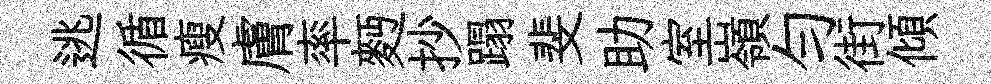
逃循瘦膚率麪抄蹋斐助室嶺匀街傾